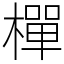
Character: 樿